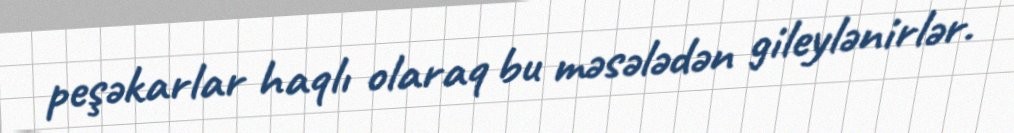
peşəkarlar haqlı olaraq bu məsələdən gileylənirlər.